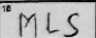
Transcription: MLS